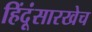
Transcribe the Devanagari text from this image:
हिंदूंसारखेच